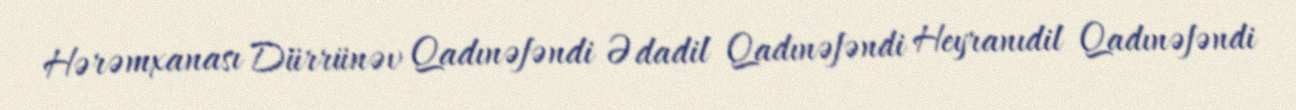
Hərəmxanası Dürrünəv Qadınəfəndi Ədadil Qadınəfəndi Heyranıdil Qadınəfəndi